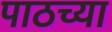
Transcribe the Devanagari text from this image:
पाठच्या